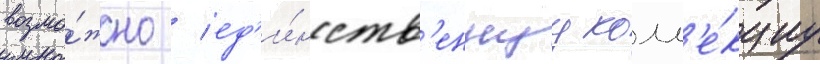
возмо́жно / ед'и́нств'еннуу колл'е́кциу